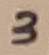
Text: 3